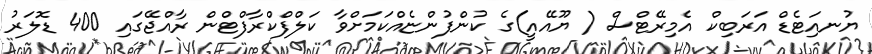
ޔުނއަިޓެޑް އަރަބިކް އެމިރޭޓްސް ( ޔޫއޭއީ)ގެ ކުންފުންޏެއްކަމަށްވާ ކަލްފްކްރާފްޓްން ރާއްޖޭގައި 400 ޑޮލަރު